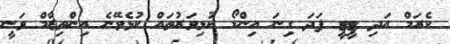
ކެރަމް އަދި ޓީޓީ ފަދަ ގިނަ އިންޑޯ ކުޅިވަރުތައް ކުޅެވޭނެ އިންތިޒާމް ވަނީ